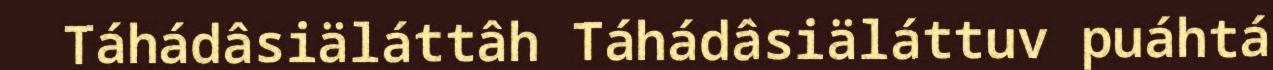
Táhádâsiäláttâh Táhádâsiäláttuv puáhtá